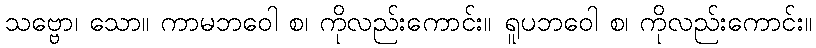
သဗ္ဗော၊ သော။ ကာမဘဝေါ စ၊ ကိုလည်းကောင်း။ ရူပဘဝေါ စ၊ ကိုလည်းကောင်း။